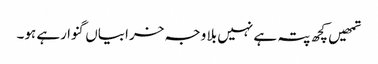
تمھیں کچھ پتہ ہے نہیں بلا وجہ خرابیاں گنوا رہے ہو۔